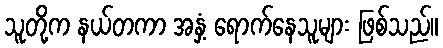
သူတို့က နယ်တကာ အနှံ့ ရောက်နေသူများ ဖြစ်သည်။